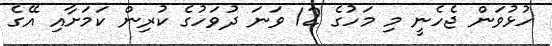
ހުޅުވަން ޖެހެނީ މި މަހުގެ 12 ވަނަ ދުވަހުގެ ކުރިން ކަމަށާއި އޭގެ